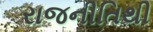
રાજનીતિથી